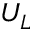
U _ { L }